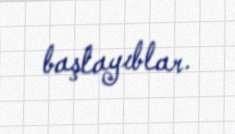
başlayıblar.